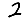
Digit: 2